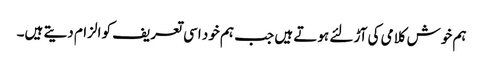
ہم خوش کلامی کی آڑ لئے ہوتے ہیں جب ہم خود اسی تعریف کو الزام دیتے ہیں۔